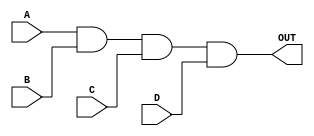
module and_4bit(input A, input B, input C , input D, output OUT);

wire w_a1,w_a2;

and AND1(w_a1,A,B);
and AND2(w_a2,w_a1,C);
and AND3(OUT,w_a2,D);

endmodule